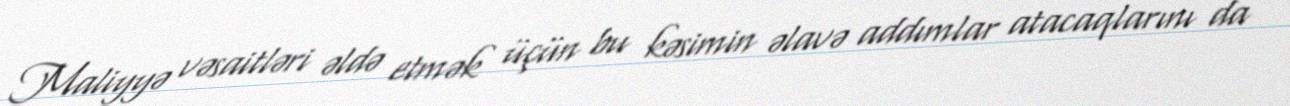
Maliyyə vəsaitləri əldə etmək üçün bu kəsimin əlavə addımlar atacaqlarını da